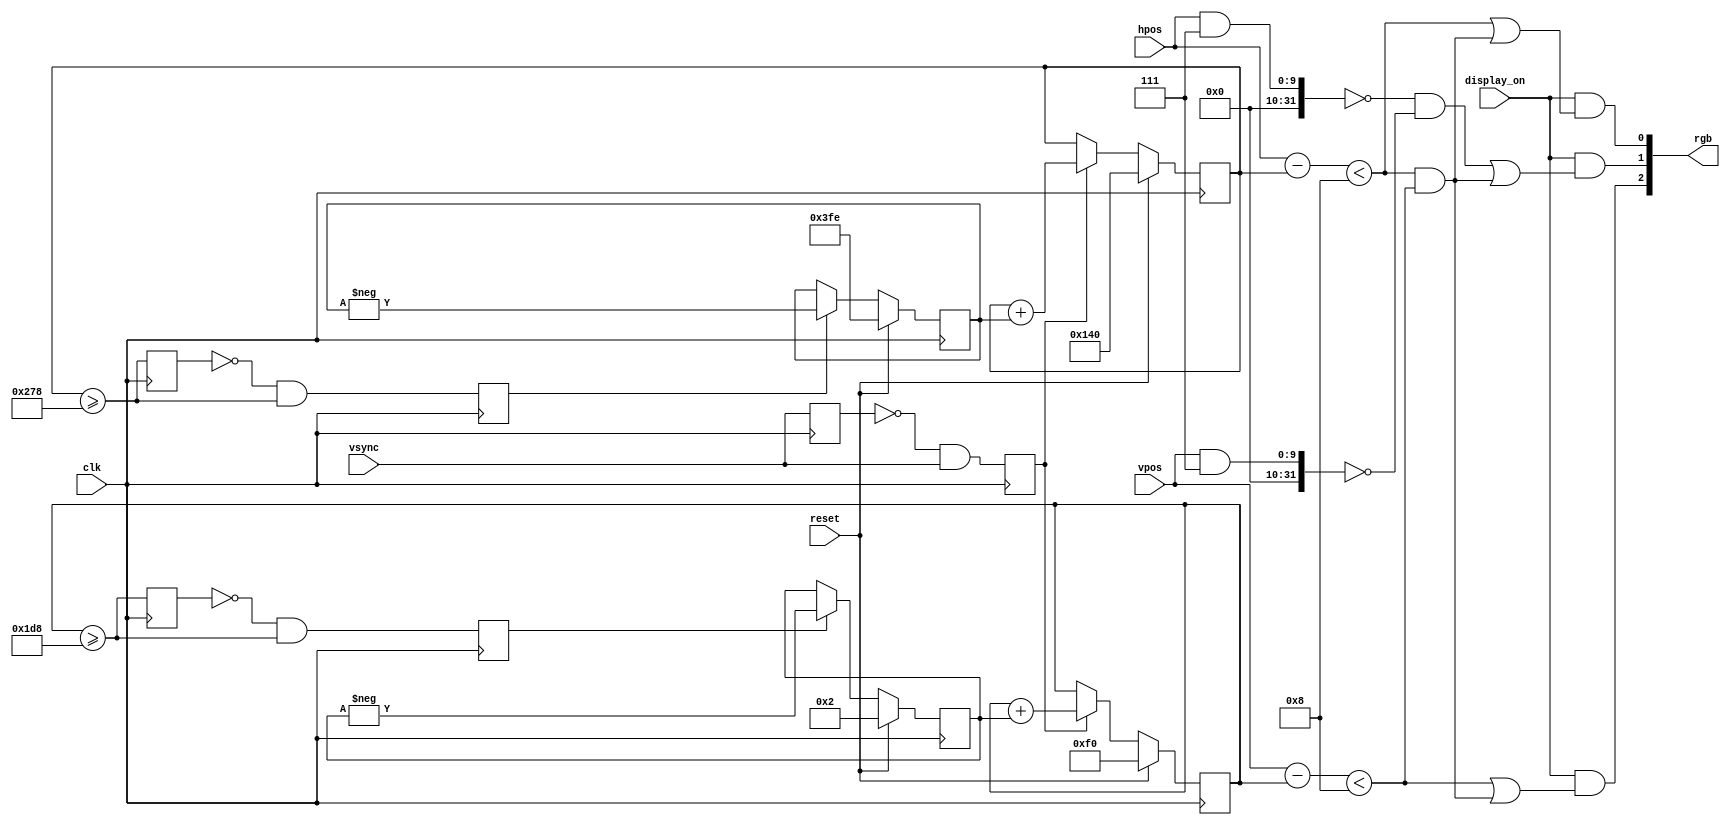
module ball_absolute(
  input wire          clk,
  input wire          reset,
  input wire          vsync,
  input wire          display_on,
  input wire [9:0]    hpos,
  input wire [9:0]    vpos,
  output wire [2:0]   rgb
);
  
  reg [9:0] ball_hpos;	// ball current X position
  reg [9:0] ball_vpos;	// ball current Y position
  
  reg [9:0] ball_horiz_move; // = -2;	// ball current X velocity
  reg [9:0] ball_vert_move; // = 2;		// ball current Y velocity
  
  localparam ball_horiz_initial = 640/2;	// ball initial X position
  localparam ball_vert_initial = 480/2;	// ball initial Y position
  
  localparam BALL_SIZE = 8;		// ball size (in pixels)
  
  reg r_vsync;
  reg r_ball_vert_collide;
  reg r_ball_horiz_collide;
  reg posedge_vsync;
  reg posedge_ball_vert_collide;
  reg posedge_ball_horiz_collide;
  always @(posedge clk) begin
    r_vsync <= vsync;
    r_ball_vert_collide <= ball_vert_collide;
    r_ball_horiz_collide <= ball_horiz_collide;
    posedge_vsync <= r_vsync == 1'b0 && vsync == 1'b1;
    posedge_ball_vert_collide <= r_ball_vert_collide == 1'b0 && ball_vert_collide == 1'b1;
    posedge_ball_horiz_collide <= r_ball_horiz_collide == 1'b0 && ball_horiz_collide == 1'b1;
  end

  // update horizontal timer
  always @(posedge clk)
  begin
    if (reset) begin
      // reset ball position to center
      ball_hpos <= ball_horiz_initial;
      ball_vpos <= ball_vert_initial;
    end else if (posedge_vsync) begin
      // add velocity vector to ball position
      ball_hpos <= ball_hpos + ball_horiz_move;
      ball_vpos <= ball_vpos + ball_vert_move;
    end
  end

  // vertical bounce
  always @(posedge clk)
  begin
    if (reset) begin
      ball_vert_move <= 2;
    end else if (posedge_ball_vert_collide) begin 
      ball_vert_move <= -ball_vert_move;
    end
  end

  // horizontal bounce
  always @(posedge clk)
  begin
    if (reset) begin
      ball_horiz_move <= -2;
    end else if (posedge_ball_horiz_collide) begin 
      ball_horiz_move <= -ball_horiz_move;
    end
  end
  
  // offset of ball position from video beam
  wire [9:0] ball_hdiff = hpos - ball_hpos;
  wire [9:0] ball_vdiff = vpos - ball_vpos;

  // ball graphics output
  wire ball_hgfx = ball_hdiff < BALL_SIZE;
  wire ball_vgfx = ball_vdiff < BALL_SIZE;
  wire ball_gfx = ball_hgfx && ball_vgfx;

  // collide with vertical and horizontal boundaries
  // these are set when the ball touches a border
  wire ball_vert_collide = ball_vpos >= 480 - BALL_SIZE;
  wire ball_horiz_collide = ball_hpos >= 640 - BALL_SIZE;

  // combine signals to RGB output
  wire grid_gfx = (((hpos&7)==0) && ((vpos&7)==0));
  wire r = display_on && (ball_hgfx | ball_gfx);
  wire g = display_on && (grid_gfx | ball_gfx);
  wire b = display_on && (ball_vgfx | ball_gfx);
  assign rgb = {b,g,r};

endmodule